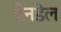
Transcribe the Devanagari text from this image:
यैनडेल